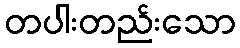
တပါးတည်းသော